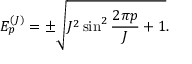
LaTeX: E _ { p } ^ { ( J ) } = \pm \sqrt { J ^ { 2 } \sin ^ { 2 } \frac { 2 \pi p } { J } + 1 } .